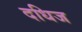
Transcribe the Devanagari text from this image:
दधिज